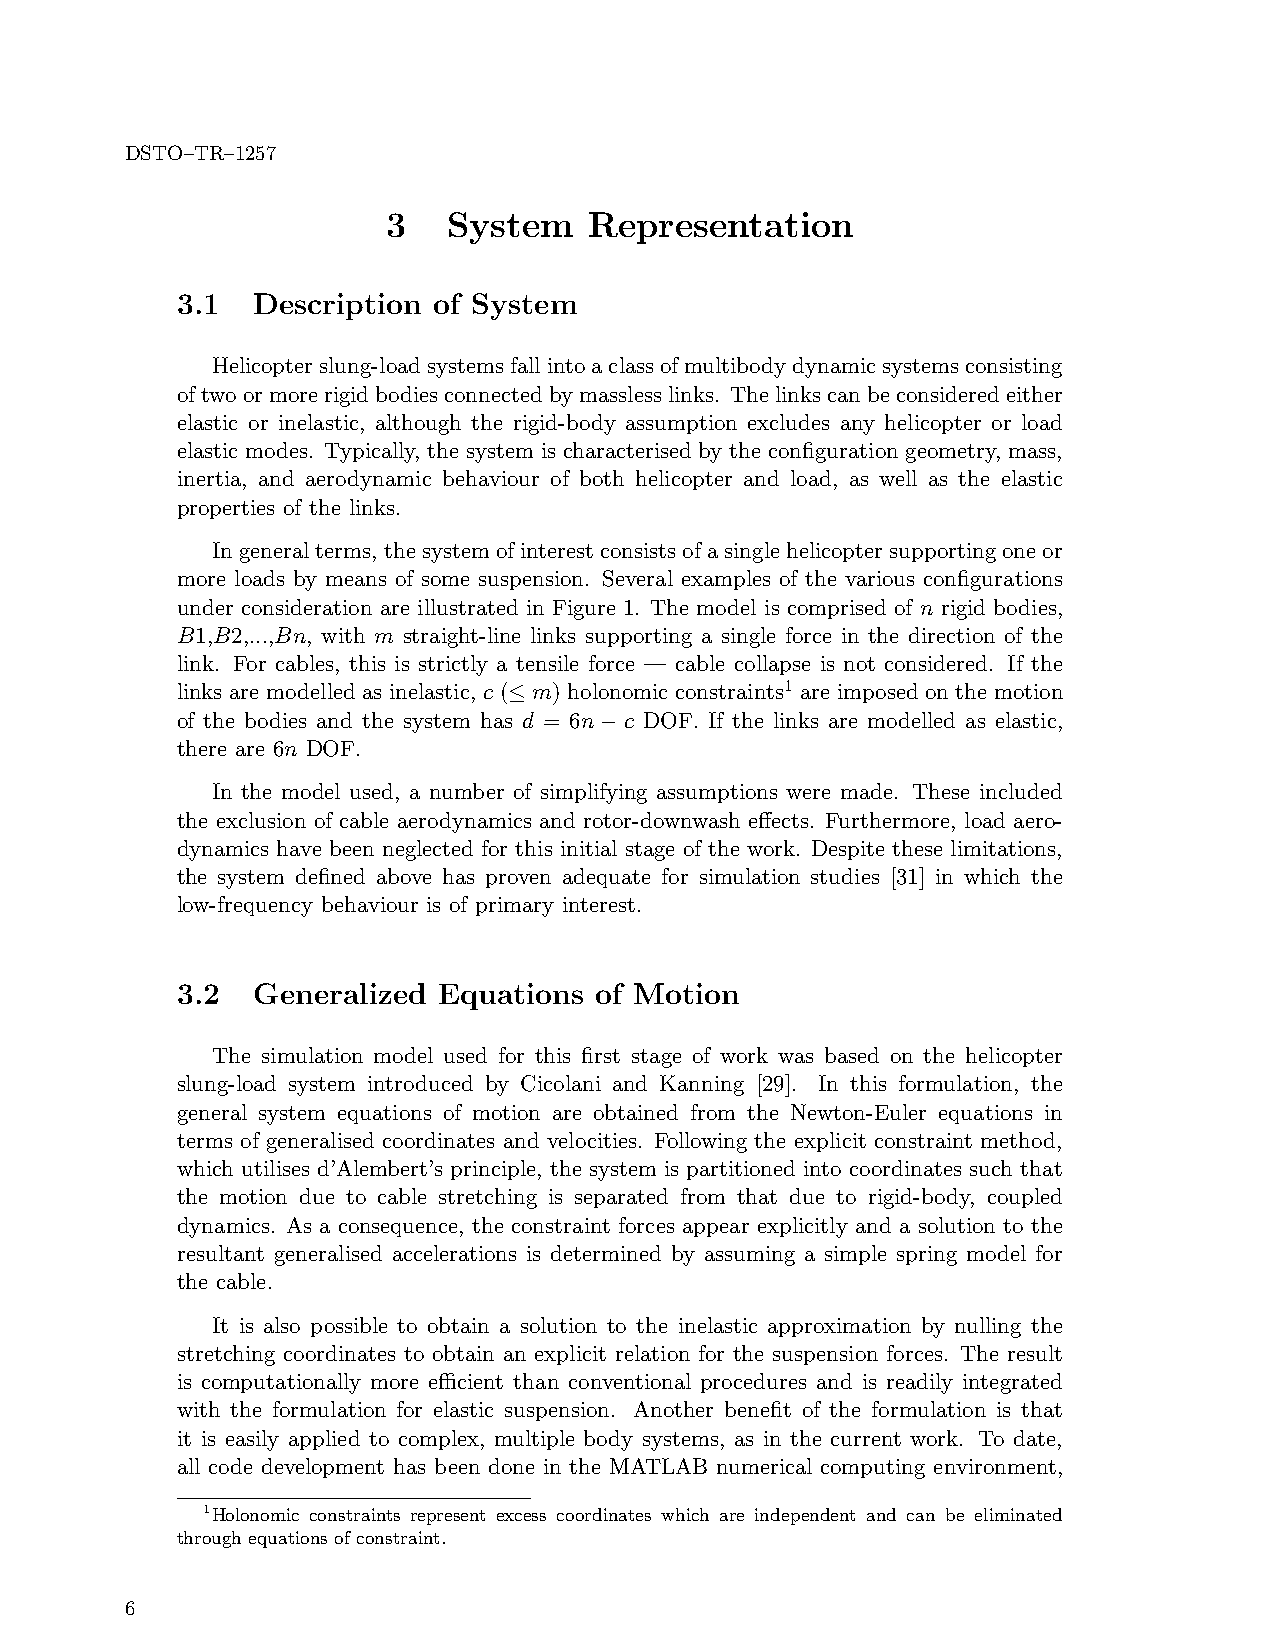
DSTO–TR–1257
 3   System   Representation
 3.1  Description of System
 Helicopterslung-loadsystemsfallintoaclassofmultibodydynamicsystemsconsisting
 oftwoormorerigidbodiesconnectedbymasslesslinks. Thelinkscanbeconsideredeither
 elastic or inelastic, although the rigid-body assumption excludes any helicopter or load
 elastic modes. Typically, the system is characterised by the configuration geometry, mass,
 inertia, and aerodynamic behaviour of both helicopter and load, as well as the elastic
 properties of the links.
 Ingeneralterms, thesystemofinterestconsistsofasinglehelicoptersupportingoneor
 more loads by means of some suspension. Several examples of the various configurations
 under consideration are illustrated in Figure 1. The model is comprised of n rigid bodies,
 B1,B2,...,Bn, with m straight-line links supporting a single force in the direction of the
 link. For cables, this is strictly a tensile force — cable collapse is not considered. If the
 links are modelled as inelastic, c (≤ m) holonomic constraints1 are imposed on the motion
 of the bodies and the system has d = 6n−c DOF. If the links are modelled as elastic,
 there are 6n DOF.
 In the model used, a number of simplifying assumptions were made. These included
 the exclusion of cable aerodynamics and rotor-downwash effects. Furthermore, load aero-
 dynamics have been neglected for this initial stage of the work. Despite these limitations,
 the system defined above has proven adequate for simulation studies [31] in which the
 low-frequency behaviour is of primary interest.
 3.2  Generalized Equations of Motion
 The simulation model used for this first stage of work was based on the helicopter
 slung-load system introduced by Cicolani and Kanning [29]. In this formulation, the
 general system equations of motion are obtained from the Newton-Euler equations in
 terms of generalised coordinates and velocities. Following the explicit constraint method,
 which utilises d’Alembert’s principle, the system is partitioned into coordinates such that
 the motion due to cable stretching is separated from that due to rigid-body, coupled
 dynamics. As a consequence, the constraint forces appear explicitly and a solution to the
 resultant generalised accelerations is determined by assuming a simple spring model for
 the cable.
 It is also possible to obtain a solution to the inelastic approximation by nulling the
 stretching coordinates to obtain an explicit relation for the suspension forces. The result
 is computationally more efficient than conventional procedures and is readily integrated
 with the formulation for elastic suspension. Another benefit of the formulation is that
 it is easily applied to complex, multiple body systems, as in the current work. To date,
 all code development has been done in the MATLAB numerical computing environment,
 1Holonomic constraints represent excess coordinates which are independent and can be eliminated
 through equations of constraint.
 6